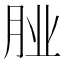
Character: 𮌌